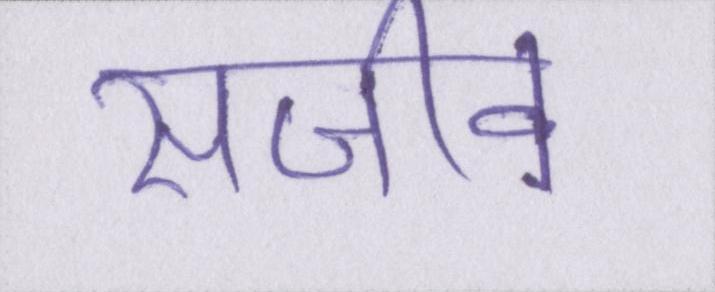
सजीव